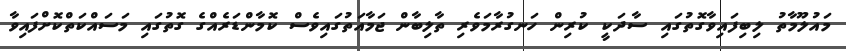
މައުލޫމާތު ލިބިފައިވާގޮތުގައި ސާދަކީ ކުރިން ހަނގުރާމަވެރި ތާލިބާން ޖަމާއަތުގައިވެސް ކޮމާންޑަރެއްގެ ގޮތުގައި މަސައްކަތްކޮށްފައިވާ